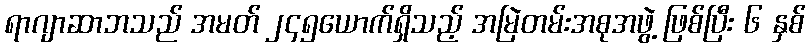
ရာဂျာဆာဘသည် အမတ် ၂၄၅ယောက်ရှိသည့် အမြဲတမ်းအစုအဖွဲ့ ဖြစ်ပြီး ၆ နှစ်